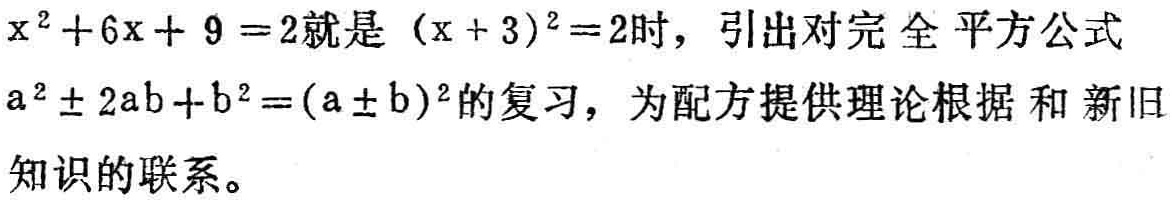
\(x^{2}+6x + 9 = 2\)就是 \((x + 3)^{2}=2\)时，引出对完全平方公式\(a^{2}\pm 2ab + b^{2}=(a\pm b)^{2}\)的复习，为配方提供理论根据和新旧知识的联系。